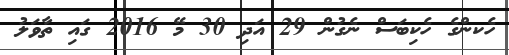
ހެކންގެ ހެކިބަސް ނެގުން 29 އަދި 30 މޭ 2016 ގައި ތާވަލު